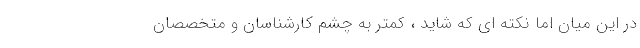
در این میان اما نکته ای که شاید ، کمتر به چشم کارشناسان و متخصصان